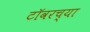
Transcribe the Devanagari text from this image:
टाॅवरच्या